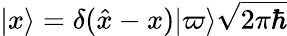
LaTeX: |x\rangle=\delta({\hat{x}}-x)|\varpi\rangle{\sqrt{2\pi\hbar}}